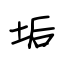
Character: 垢